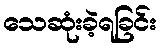
သေဆုံးခဲ့ရခြင်း